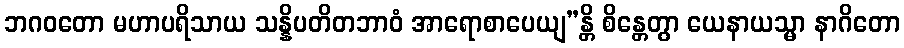
ဘဂဝတော မဟာပရိသာယ သန္နိပတိတဘာဝံ အာရောစာပေယျ”န္တိ စိန္တေတွာ ယေနာယသ္မာ နာဂိတော